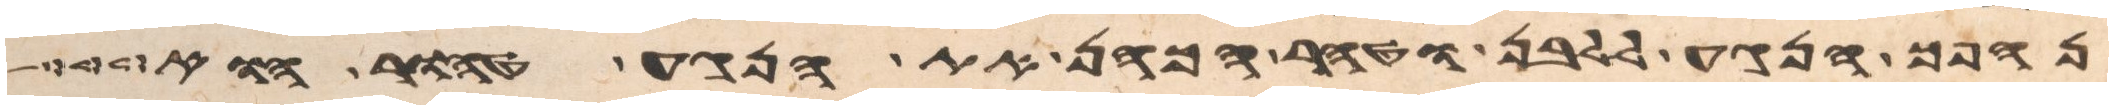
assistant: נהפך הנגע ללבן וטהר הכהן את הנגע טהור הוא